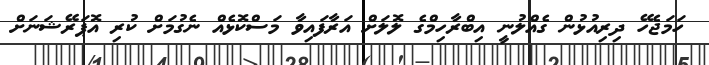
ހަމަޖެހޭ ދިރިއުޅުން ގެއްލުނީ އިބްރާހިމްގެ ލޮލަށް އަރާފައިވާ މަސްކޮޅެއް ނެގުމަށް ކުރި އޮޕަރޭޝަނަށް